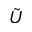
\tilde { U }